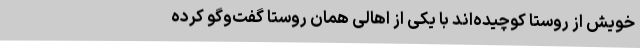
خویش از روستا کوچیده‌اند با یکی از اهالی همان روستا گفت‌و‌گو کرده